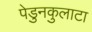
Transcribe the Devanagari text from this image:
पेडुनकुलाटा